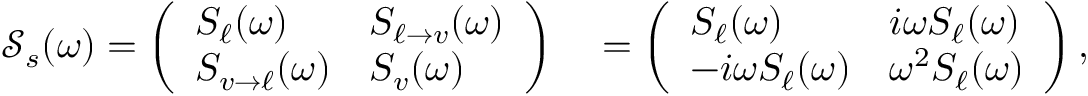
\begin{array} { r l } { \mathcal { S } _ { s } ( \omega ) = \left( \begin{array} { l l } { S _ { \ell } ( \omega ) } & { S _ { \ell \to v } ( \omega ) } \\ { S _ { v \to \ell } ( \omega ) } & { S _ { v } ( \omega ) } \end{array} \right) } & { { } = \left( \begin{array} { l l } { S _ { \ell } ( \omega ) } & { i \omega S _ { \ell } ( \omega ) } \\ { - i \omega S _ { \ell } ( \omega ) } & { \omega ^ { 2 } S _ { \ell } ( \omega ) } \end{array} \right) , } \end{array}